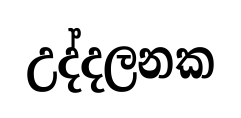
උද්දලනක